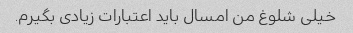
خیلی شلوغ من امسال باید اعتبارات زیادی بگیرم.